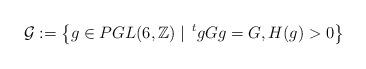
LaTeX: \begin{align*}\mathcal{G}:=\left\{ g\in PGL(6,\mathbb{Z})\mid\,^{t}gGg=G,H(g)>0\right\} \end{align*}